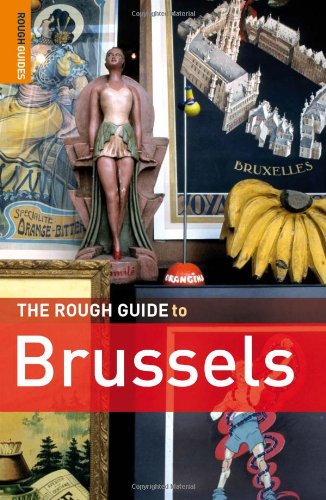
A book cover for The Rough Guide to Brussels 4 (Rough Guide Travel Guides); Martin Dunford; Travel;